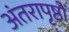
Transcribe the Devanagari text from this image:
अंतरापृष्ठों